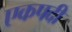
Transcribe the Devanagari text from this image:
एकपदीं